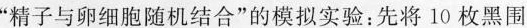
”精子与卵细胞随机结合”的模拟实验：先将10枚黑围